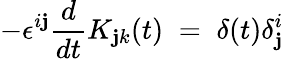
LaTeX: -\epsilon^{i\mathbf{j}}\frac{{d}}{{dt}}K_{\mathbf{j}k}(t)\; =\; \delta(t)\delta_{\mathbf{j}}^{i}